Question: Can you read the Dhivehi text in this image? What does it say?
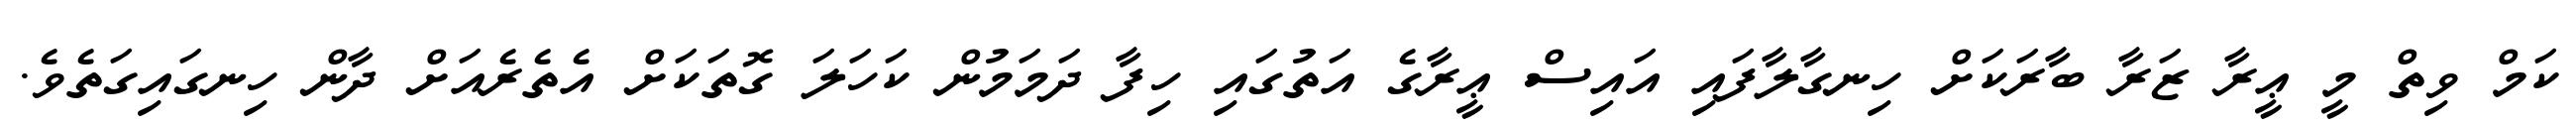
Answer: ކަމް ވިތް މީ ޢީރާ ޒަރާ ބާރަކަށް ހިނގާލާފައި އައިސް ޢީރާގެ އަތުގައި ހިފާ ދަމަމުން ކަހަލަ ގޮތަކަށް އެތެރެއަށް ދާން ހިނގައިގަތެވެ.